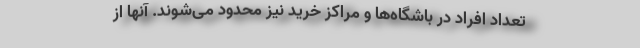
تعداد افراد در باشگاه‌ها و مراکز خرید نیز محدود می‌شوند. آنها از